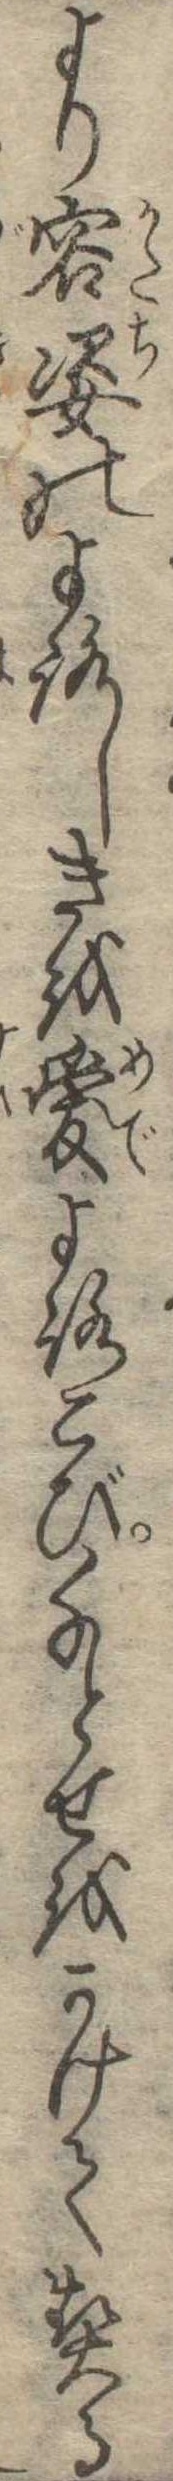
より容姿のよろしきを愛よろこび千とせをかけて契る